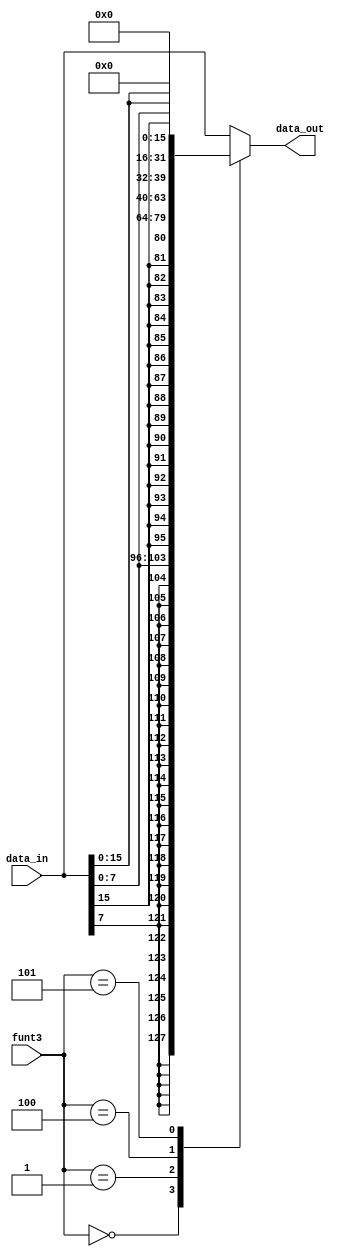
`timescale 1ns / 1ps
//////////////////////////////////////////////////////////////////////////////////
// Company: 
// Engineer: 
// 
// Design Name: 
// Module Name: data_ext
// Project Name: 
// Target Devices: 
// Tool Versions: 
// Description: 
// 
// Dependencies: 
// 
// Revision:
// Revision 0.01 - File Created
// Additional Comments:
// 
//////////////////////////////////////////////////////////////////////////////////


module data_ext(
    data_in,
    funt3,
    data_out
    );

input   [31:0]  data_in;
input   [2:0]   funt3;
output  [31:0]  data_out;
reg     [31:0]  data_out_temp;


always @(*) begin
    case(funt3)
        3'b000:
            data_out_temp = {{24{data_in[7]}},data_in[7:0]};         //LB
        3'b001:
            data_out_temp = {{16{data_in[15]}},data_in[15:0]};       //LH
        3'b100:
            data_out_temp = {{24{1'b0}},data_in[7:0]};               //LBU
        3'b101:
            data_out_temp = {{16{1'b0}},data_in[15:0]};              //LHU
        default:
            data_out_temp = data_in;                                 //LW
    endcase
end

assign data_out = data_out_temp;
endmodule